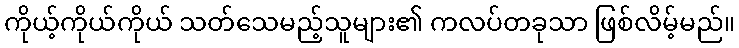
ကိုယ့်ကိုယ်ကိုယ် သတ်သေမည့်သူများ၏ ကလပ်တခုသာ ဖြစ်လိမ့်မည်။